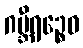
ဂမ္ဘီရဉ္စေဝ